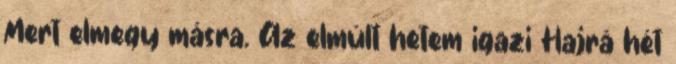
Mert elmegy másra. Az elmúlt hetem igazi Hajrá hét